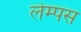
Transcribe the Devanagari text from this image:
लेम्पस